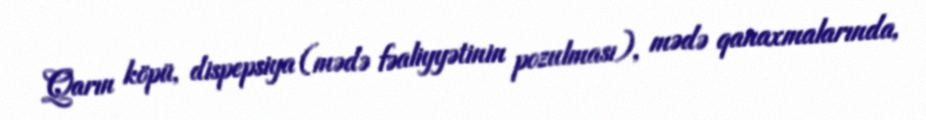
Qarın köpü, dispepsiya (mədə fəaliyyətinin pozulması), mədə qanaxmalarında,